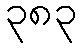
၃၈၃